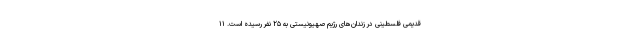
قدیمی فلسطینی در زندان‌های رژیم صهیونیستی به ۲۵ نفر رسیده است. ۱۱